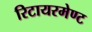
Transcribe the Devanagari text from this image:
रिटायरमेण्ट